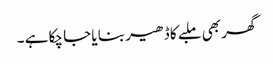
گھر بھی ملبے کا ڈھیر بنا یا جا چکا ہے ۔